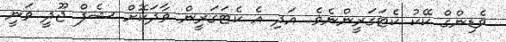
ވެޑިންގް ކޭކު ކެޓަގަރީންނެވެ. އަދި އެ ކެޓަގަރީން ވާދަކޮށް ޝެފް ޖޫދީ ވަނީ